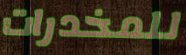
للمخدرات